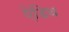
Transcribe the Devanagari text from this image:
ऐडिथ